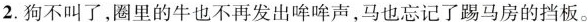
2.狗不叫了，圈里的牛也不再发出哞哞声，马也忘记了踢马房的挡板。